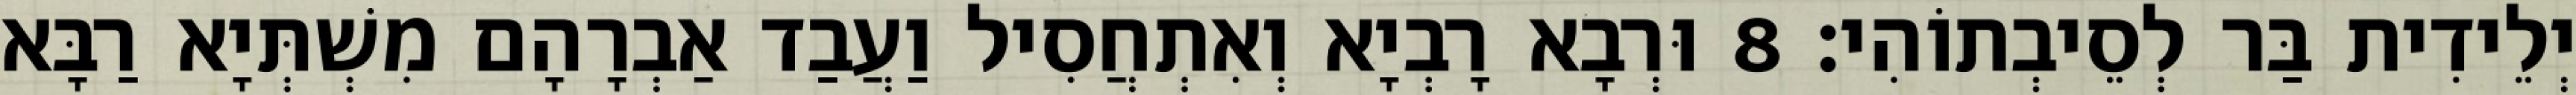
יְלֵידִית בַּר לְסֵיבְתוֹהִי׃ 8 וּרְבָא רָבְיָא וְאִתְחֲסִיל וַעֲבַד אַבְרָהָם מִשְׁתְּיָא רַבָּא